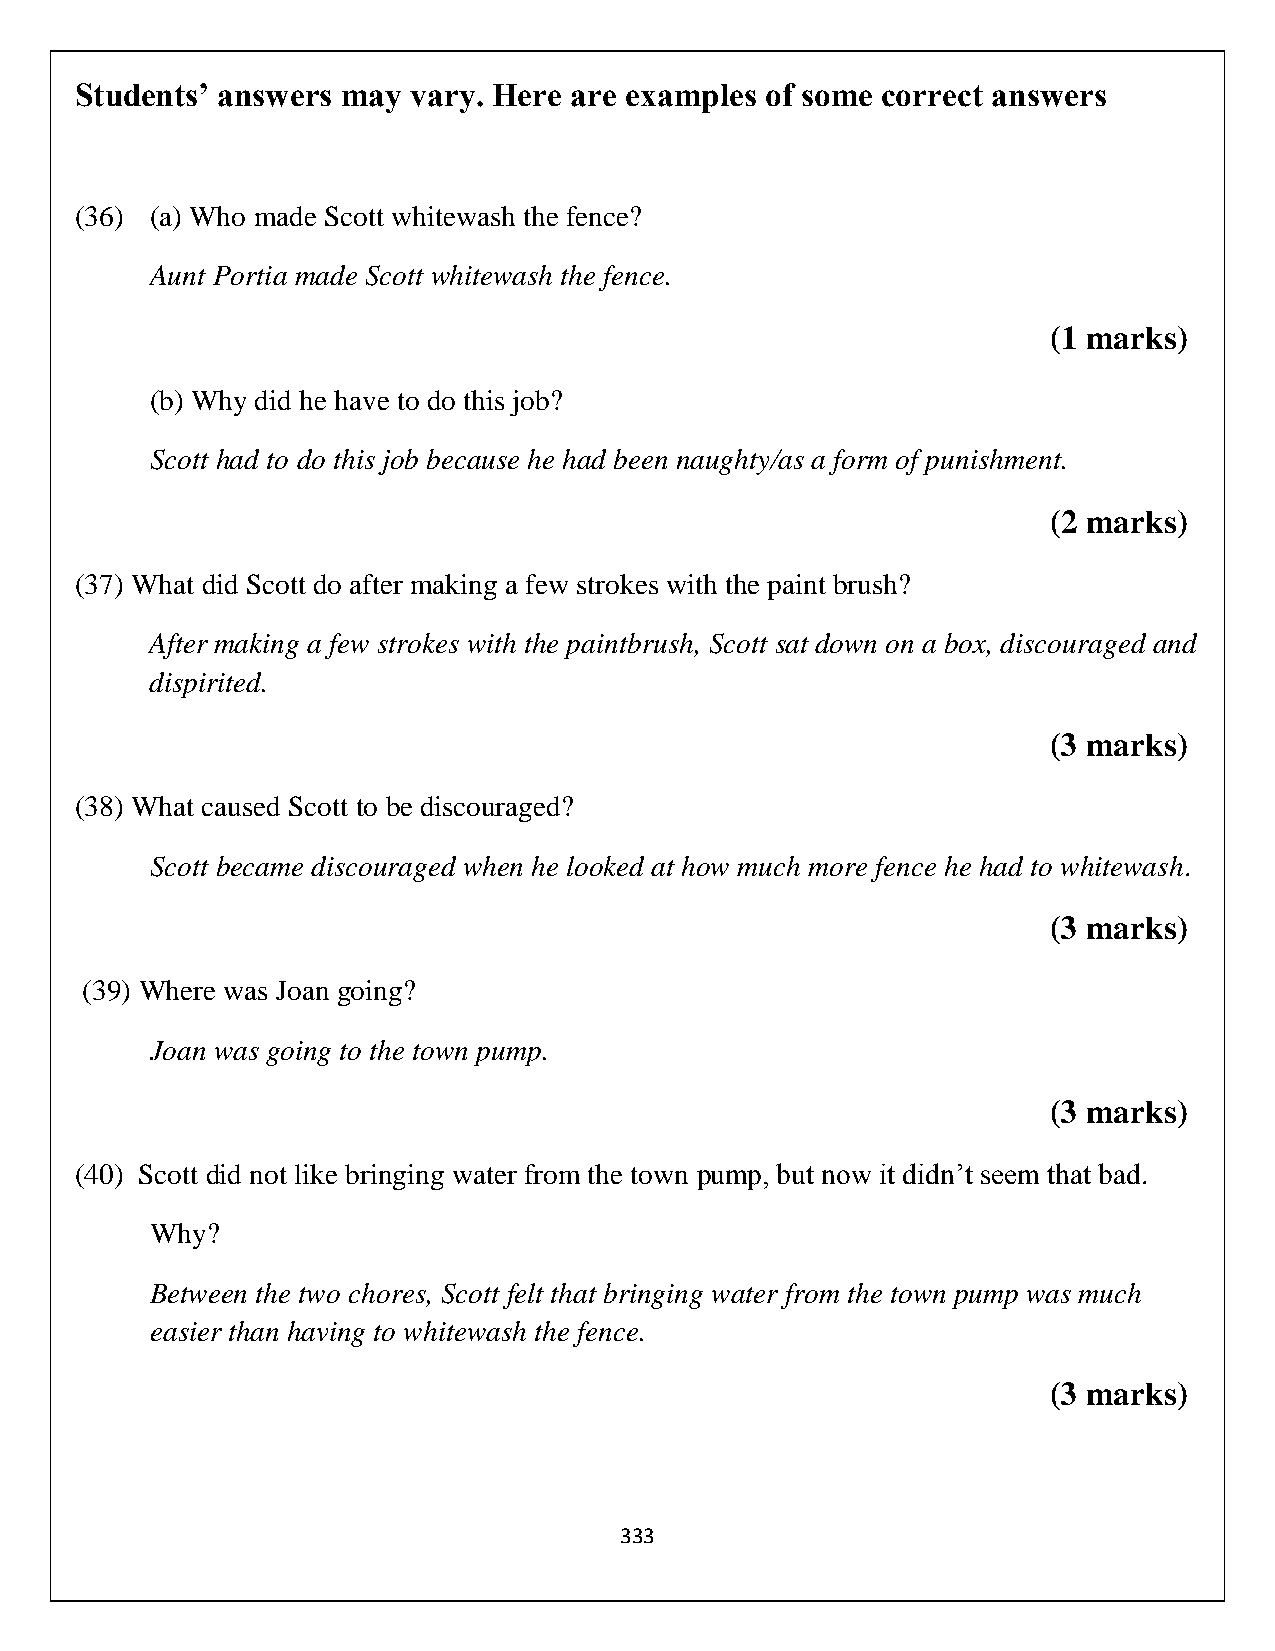
Students’ answers may vary. Here are examples of some correct answers
 (36) (a) Who made Scott whitewash the fence?
 Aunt Portia made Scott whitewash the fence.
 (1 marks)
 (b) Why did he have to do this job?
 Scott had to do this job because he had been naughty/as a form of punishment.
 (2 marks)
 (37) What did Scott do after making a few strokes with the paint brush?
 After making a few strokes with the paintbrush, Scott sat down on a box, discouraged and
 dispirited.
 (3 marks)
 (38) What caused Scott to be discouraged?
 Scott became discouraged when he looked at how much more fence he had to whitewash.
 (3 marks)
 (39) Where was Joan going?
 Joan was going to the town pump.
 (3 marks)
 (40) Scott did not like bringing water from the town pump, but now it didn’t seem that bad.
 Why?
 Between the two chores, Scott felt that bringing water from the town pump was much
 easier than having to whitewash the fence.
 (3 marks)
 333